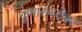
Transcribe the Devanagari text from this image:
कुमारांबरोबर